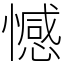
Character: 憾